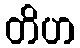
တိဟ